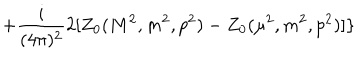
+ \frac { i } { ( 4 \pi ) ^ { 2 } } 2 [ Z _ { 0 } ( M ^ { 2 } , m ^ { 2 } , p ^ { 2 } ) - Z _ { 0 } ( \mu ^ { 2 } , m ^ { 2 } , p ^ { 2 } ) ] \}